Annual statistical returns and brief notes on vaccination in Bengal - 1887-1898
Year: 1887
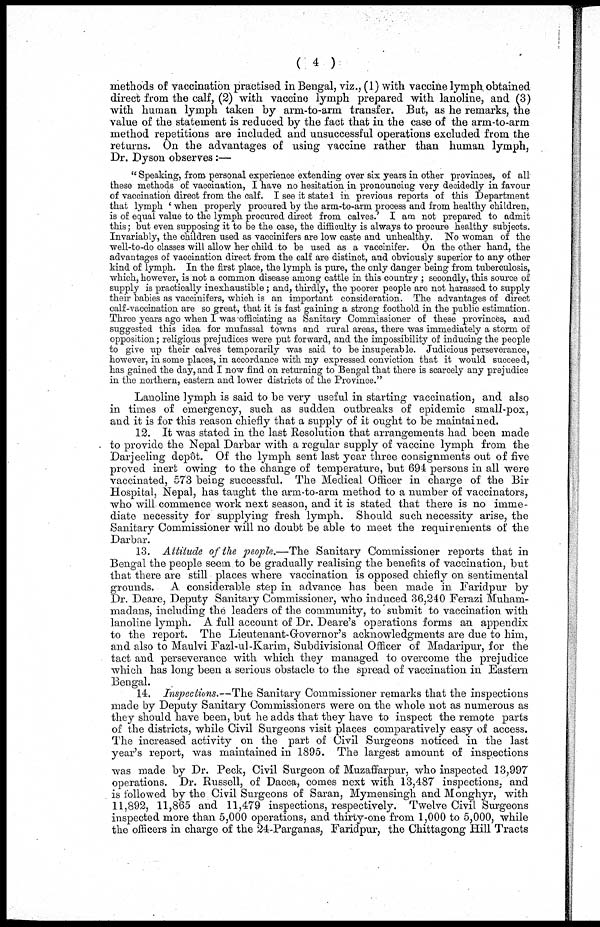
( 4 )
methods of vaccination practised in Bengal, viz., (1) with vaccine lymph obtained
direct from the calf, (2) with vaccine lymph prepared with lanoline, and (3)
with human lymph taken by arm-to-arm transfer. But, as he remarks, the
value of the statement is reduced by the fact that in the case of the arm-to-arm
method repetitions are included and unsuccessful operations excluded from the
returns. On the advantages of using vaccine rather than human lymph,
Dr. Dyson observes:—
" Speaking, from personal experience extending over six years in other provinces, of all
these methods of vaccination, I have no hesitation in pronouncing very decidedly in favour
of vaccination direct from the calf. I see it stated in previous reports of this Department
that lymph ' when properly procured by the arm-to-arm process and from healthy children,
is of equal value to the lymph procured direct from calves. I am not prepared to admit
this; but even supposing it to be the case, the difficulty is always to procure healthy subjects.
Invariably, the children used as vaccinifers are low caste and unhealthy. No woman of the
well-to-do classes will allow her child to be used as a vaccinifer. On the other hand, the
advantages of vaccination direct from the calf are distinct, and obviously superior to any other
kind of lymph. In the first place, the lymph is pure, the only danger being from tuberculosis,
which, however, is not a common disease among cattle in this country; secondly, this source of
supply is practically inexhaustible; and, thirdly, the poorer people are not harassed to supply
their babies as vaccinifers, which is an important consideration. The advantages of direct
calf-vaccination are so great, that it is fast gaining a strong foothold in the public estimation.
Three years ago when I was -officiating as Sanitary Commissioner of these provinces, and
suggested this idea for mufassal towns and rural areas, there was immediately a storm of
opposition; religious prejudices were put forward, and the impossibility of inducing the people
to give up their calves temporarily was said to be insuperable. Judicious perseverance,
however, in some places, in accordance with my expressed conviction that it would succeed,
has gained the day, and I now find on returning to Bengal that there is scarcely any prejudice
in the northern, eastern and lower districts of the Province."
Lanoline lymph is said to be very useful in starting vaccination, and also
in times of emergency, such as sudden outbreaks of epidemic small-pox,
and it is for this reason chiefly that a supply of it ought to be maintained.
12. It was stated in the last Resolution that arrangements had been made
to provide the Nepal Darbar with a regular supply of vaccine lymph from the
Darjeeling depôt. Of the lymph sent last year three consignments out of five
proved inert owing to the change of temperature, but 694 persons in all were
vaccinated, 573 being successful. The Medical Officer in charge of the Bir
Hospital, Nepal, has taught the arm-to-arm method to a number of vaccinators,
who will commence work next season, and it is stated that there is no imme-
diate necessity for supplying fresh lymph. Should such necessity arise, the
Sanitary Commissioner will no doubt be able to meet the requirements of the
Darbar.
13. Attitude of the people.—The Sanitary Commissioner reports that in
Bengal the people seem to be gradually realising the benefits of vaccination, but
that there are still places where vaccination is opposed chiefly on sentimental
grounds.
A considerable step in advance has been made in Faridpur by
Dr. Deare, Deputy Sanitary Commissioner, who induced 36,240 Ferazi Muham-
madans, including the leaders of the community, to submit to vaccination with
lanoline lymph. A full account of Dr. Deare's operations forms an appendix
to the report. The Lieutenant-Grovernor's acknowledgments are due to him,
and also to Maulvi Fazl-ul-Karim, Subdivisional Officer of Madaripur, for the
tact and perseverance with which they managed to overcome the prejudice
which has long been a serious obstacle to the spread of vaccination in Eastern
Bengal.
14. Inspections.—The Sanitary Commissioner remarks that the inspections
made by Deputy Sanitary Commissioners were on the whole not as numerous as
they should have been, but he adds that they have to inspect the remote parts
of the districts, while Civil Surgeons visit places comparatively easy of access.
The increased activity on the part of Civil Surgeons noticed in the last
year's report, was maintained in 1895. The largest amount of inspections
was made by Dr. Peck, Civil Surgeon of Muzaffarpur, who inspected 13,997
operations. Dr. Russell, of Dacca, comes next with 13,487 inspections, and
is followed by the Civil Surgeons of Saran, Mymensingh and Monghyr, with
11,892, 11,865 and 11,479 inspections, respectively. Twelve Civil Surgeons
inspected more than 5,000 operations, and thirty-one from 1,000 to 5,000, while
the officers in charge of the 24-Parganas, Faridpur, the Chittagong Hill Tracts